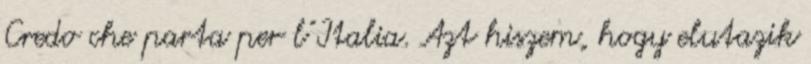
Credo che parta per l’Italia. Azt hiszem, hogy elutazik